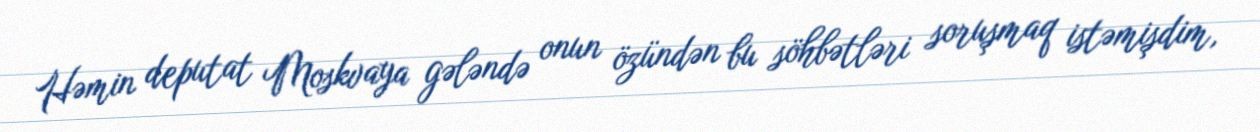
Həmin deputat Moskvaya gələndə onun özündən bu söhbətləri soruşmaq istəmişdim,